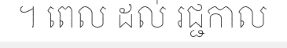
។ ពេល ដល់ រជ្ជកាល